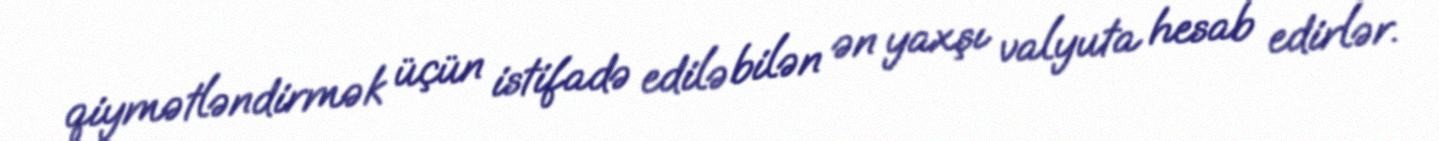
qiymətləndirmək üçün istifadə edilə bilən ən yaxşı valyuta hesab edirlər.